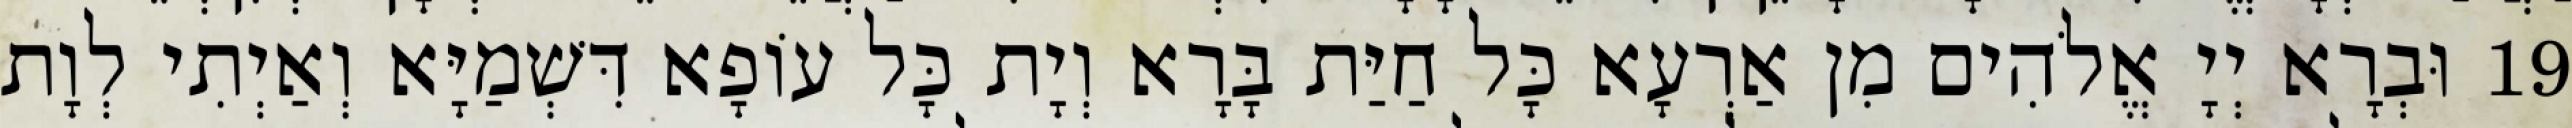
19 וּבְרָא יְיָ אֱלֹהִים מִן אַרְעָא כָּל חַיַּת בָּרָא וְיָת כָּל עוֹפָא דִּשְׁמַיָּא וְאַיְתִי לְוָת